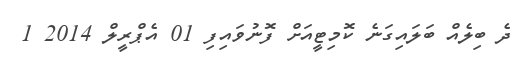
ދެ ބިލެއް ބަލައިގަނެ ކޮމިޓީއަށް ފޮނުވައިފި 01 އެޕްރީލް 2014 1